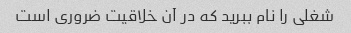
شغلی را نام ببرید که در آن خلاقیت ضروری است